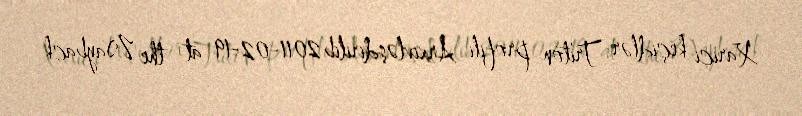
Xarici keçidlər Triton profili Arxivləşdirilib 2011-02-19 at the Wayback